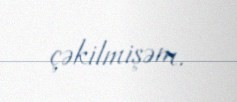
çəkilmişəm.